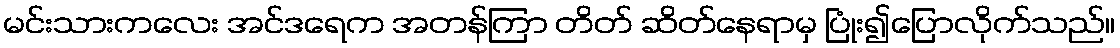
မင်းသားကလေး အင်ဒရေက အတန်ကြာ တိတ် ဆိတ်နေရာမှ ပြုံး၍ပြောလိုက်သည်။